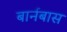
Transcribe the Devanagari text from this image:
बार्नबास